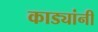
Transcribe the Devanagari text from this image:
काड्यांनी